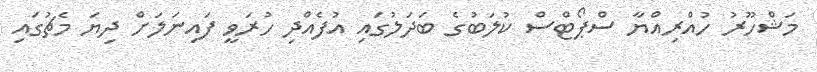
މަޝްހޫރު ހުއްރިއްޔާ ސްޕޯޓްސް ކުލަބުގެ ބަދަލުގައި އުފެއްދި ހުރަވީ ފައިނަލަށް ދިޔަ މެޗުގައި